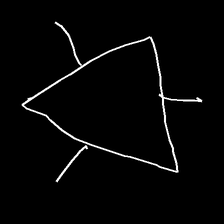
Glyph: fire